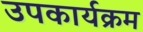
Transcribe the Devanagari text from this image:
उपकार्यक्रम